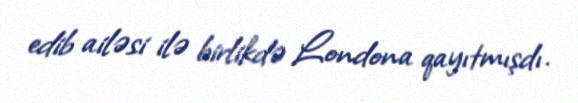
edib ailəsi ilə birlikdə Londona qayıtmışdı.